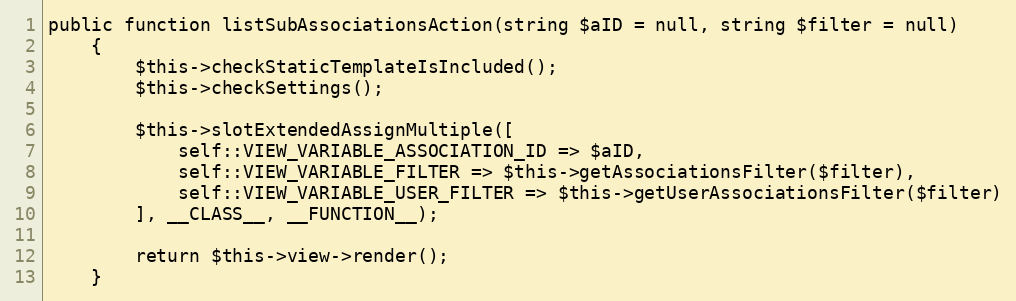
Language: PHP
public function listSubAssociationsAction(string $aID = null, string $filter = null)
    {
        $this->checkStaticTemplateIsIncluded();
        $this->checkSettings();

        $this->slotExtendedAssignMultiple([
            self::VIEW_VARIABLE_ASSOCIATION_ID => $aID,
            self::VIEW_VARIABLE_FILTER => $this->getAssociationsFilter($filter),
            self::VIEW_VARIABLE_USER_FILTER => $this->getUserAssociationsFilter($filter)
        ], __CLASS__, __FUNCTION__);

        return $this->view->render();
    }